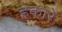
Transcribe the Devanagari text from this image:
हकारे